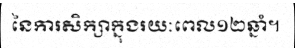
នៃការសិក្សាក្នុងរយៈពេល១២ឆ្នាំ។